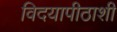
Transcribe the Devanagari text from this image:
विदयापीठाशी